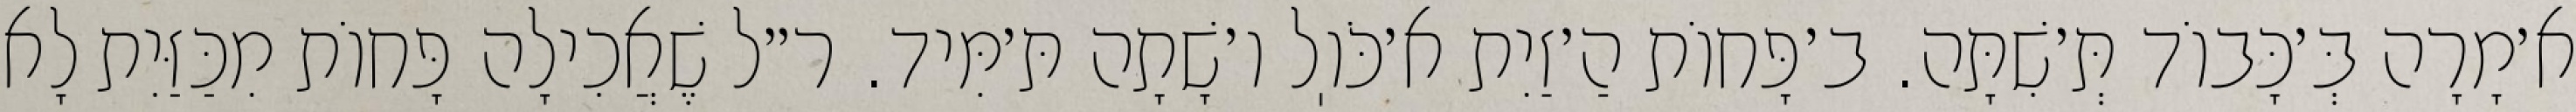
א׳מָרָה בְּ׳כָּבוֹד תְּ׳שִׁתָּה. ב׳פָּחוֹת הַ׳זַיִת א׳כֹּוֽל ו׳שָׁתָה תּ׳מִּיד. ר״ל שֶׁאֲכִילָה פָּחוֹת מִכַּזַּיִת לָא